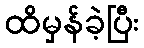
ထိမှန်ခဲ့ပြီး